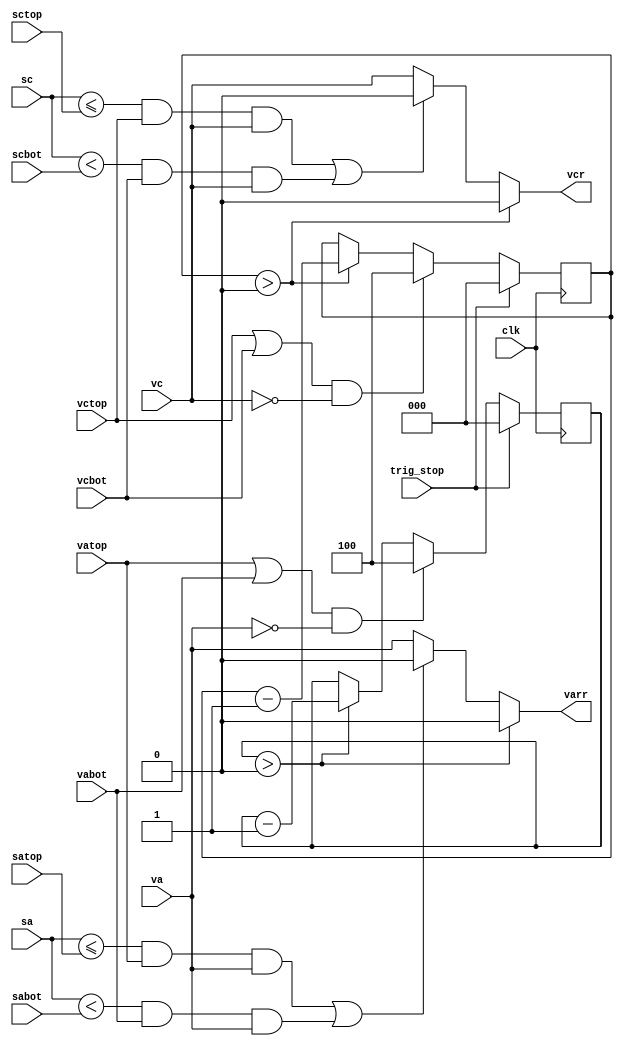
// This  Verilog HDL  source  file was  automatically generated
// by C++ model based on VPP library. Modification of this file
// is possible, but if you want to keep it in sync with the C++
// model,  please  modify  the model and re-generate this file.
// VPP library web-page: http://www.phys.ufl.edu/~madorsky/vpp/

// Timestamp : Tue Apr 19 16:44:52 2022

module CheckNeighbors_rl
(
    vc,
    sc,
    vcr,
    vctop,
    sctop,
    vcbot,
    scbot,
    va,
    sa,
    varr,
    vatop,
    satop,
    vabot,
    sabot,
    trig_stop,
    clk
);

    input vc;
    input [1:0] sc;
    output vcr;
    reg    vcr;
    input vctop;
    input [1:0] sctop;
    input vcbot;
    input [1:0] scbot;
    input va;
    input [1:0] sa;
    output varr;
    reg    varr;
    input vatop;
    input [1:0] satop;
    input vabot;
    input [1:0] sabot;
    input trig_stop;
    input clk;

    parameter KILLTIME = 4;
    reg [2:0] cntc;
    reg [2:0] cnta;
    reg [2:0] cntcn;
    reg [2:0] cntan;
    always @(sc or sctop or scbot or sa or satop or sabot or cntc or cnta or vc or va or vctop or vcbot or vatop or vabot) 
    begin
        cntcn = cntc;
        vcr = vc;
        if ((((sc <= sctop) && vctop) && vc) || (((sc < scbot) && vcbot) && vc)) 
        begin
            vcr = 0;
        end
        if (cntc > 0) 
        begin
            vcr = 0;
            cntcn = cntc - 1;
        end
        if ((vctop || vcbot) && (!vc)) 
        begin
            cntcn = KILLTIME;
        end
        cntan = cnta;
        varr = va;
        if ((((sa <= satop) && vatop) && va) || (((sa < sabot) && vabot) && va)) 
        begin
            varr = 0;
        end
        if (cnta > 0) 
        begin
            varr = 0;
            cntan = cnta - 1;
        end
        if ((vatop || vabot) && (!va)) 
        begin
            cntan = KILLTIME;
        end
    end
    always @(posedge clk) 
    begin
        if (trig_stop) 
        begin
            cntc = 0;
            cnta = 0;
        end
        else 
        begin
            cnta = cntan;
            cntc = cntcn;
        end
    end
endmodule